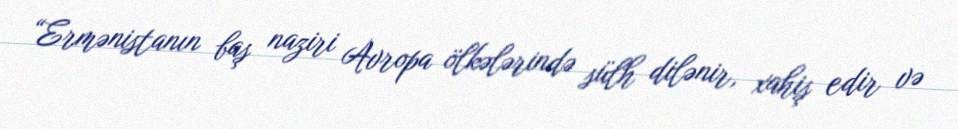
“Ermənistanın baş naziri Avropa ölkələrində sülh dilənir, xahiş edir və